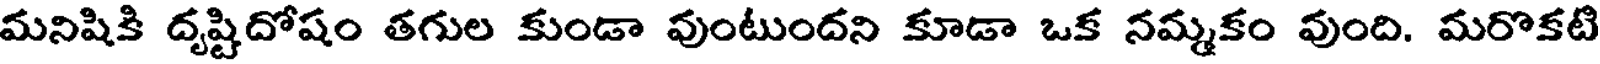
మనిషికి దృష్టిదోషం తగుల కుండా వుంటుందని కూడా ఒక నమ్మకం వుంది. మరొకటి